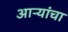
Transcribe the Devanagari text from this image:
आऱ्यांचा